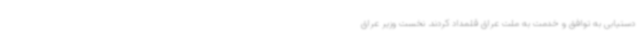
دستیابی به توافق و خدمت‌ به ملت عراق قلمداد کردند. نخست وزیر عراق